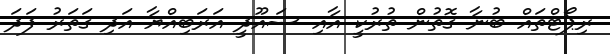
ރިޕޯޓްތައް ބުނާ ގޮތުން ތުރުކީ އާއި ސައޫދީ އަރަބިއްޔާ އަދި ގަތަރު ފަދަ